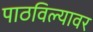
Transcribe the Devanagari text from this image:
पाठविल्यावर